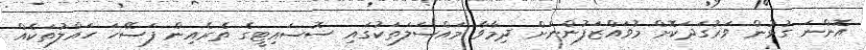
އޮންނަ ގުޅުން ވަރުގަދަކޮށް މުވައްޒަފުންނަށް ދިމާވާ މައްސަލަތަކުގައި ސޮސައިޓީގެ ތެރެއިން ފަސޭހަ ހައްލުތަކެއް